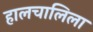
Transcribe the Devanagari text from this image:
हालचालिला